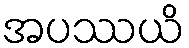
အပဿယိ